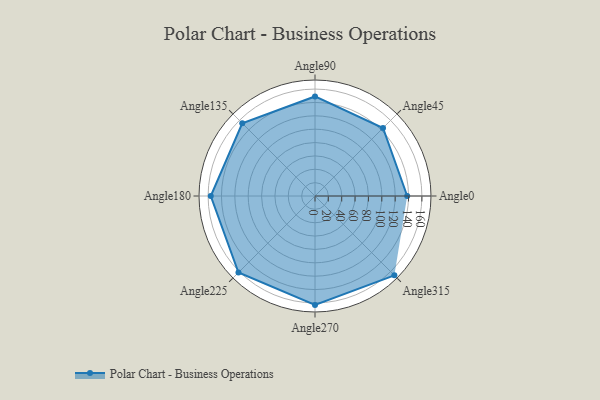
{"axis": {"x": "Angle", "y": "Radius"}, "legend": [""], "data": [{"x": "Angle0", "y": 138.0, "type": ""}, {"x": "Angle45", "y": 144.0, "type": ""}, {"x": "Angle90", "y": 149.0, "type": ""}, {"x": "Angle135", "y": 154.0, "type": ""}, {"x": "Angle180", "y": 156.0, "type": ""}, {"x": "Angle225", "y": 162.0, "type": ""}, {"x": "Angle270", "y": 163.0, "type": ""}, {"x": "Angle315", "y": 168.0, "type": ""}]}